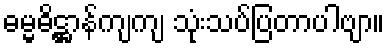
ဓမ္မဓိဋ္ဌာန်ကျကျ သုံးသပ်ပြတာပါဗျာ။